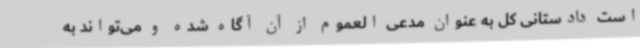
است دادستانی کل به عنوان مدعی العموم از آن آگاه شده و می‌تواند به